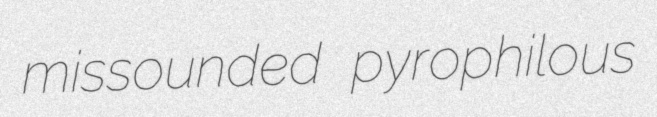
missounded pyrophilous